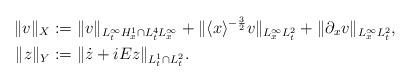
LaTeX: \begin{align*}\|v\|_{X}&:=\|v\|_{L_t^\infty H_x^1\cap L_t^4 L_x^\infty} + \|\langle x\rangle^{-\frac32}v\|_{L_x^\infty L_t^2} + \|\partial_x v\|_{L_x^\infty L_t^2}, \\\|z\|_{Y}&:=\|\dot z+iEz\|_{L_t^1 \cap L_t^2}. \end{align*}